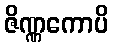
ဇိဏ္ဏကောပိ